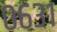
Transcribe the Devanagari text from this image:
०६३१